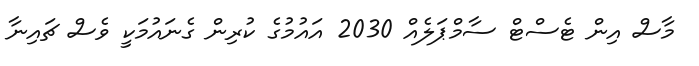
މާސް އިން ޓެސްޓް ސާމްޕަލެއް 2030 އައުމުގެ ކުރިން ގެނައުމަކީ ވެސް ޗައިނާ